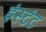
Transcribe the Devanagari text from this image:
इंस्टंट